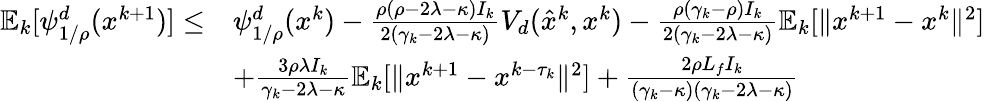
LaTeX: \begin{array}{rl}{\mathbb{E}_{k}[\psi_{1/\rho}^{d}(x^{k+1})]\leq}&{\psi_{1/\rho}^{d}(x^{k})-\frac{\rho(\rho-2\lambda-\kappa)I_{k}}{2(\gamma_{k}-2\lambda-\kappa)}V_{d}(\hat{x}^{k},x^{k})-\frac{\rho(\gamma_{k}-\rho)I_{k}}{2(\gamma_{k}-2\lambda-\kappa)}\mathbb{E}_{k}[\| x^{k+1}-x^{k}\| ^{2}]}\\ &{+\frac{3\rho\lambda I_{k}}{\gamma_{k}-2\lambda-\kappa}\mathbb{E}_{k}[\| x^{k+1}-x^{k-\tau_{k}}\| ^{2}]+\frac{2\rho L_{f}I_{k}}{(\gamma_{k}-\kappa)(\gamma_{k}-2\lambda-\kappa)}}\end{array}